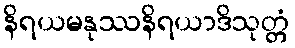
နိရယမနုဿနိရယာဒိသုတ္တံ